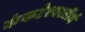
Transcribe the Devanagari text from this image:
कंकटेश्वरतीर्थ